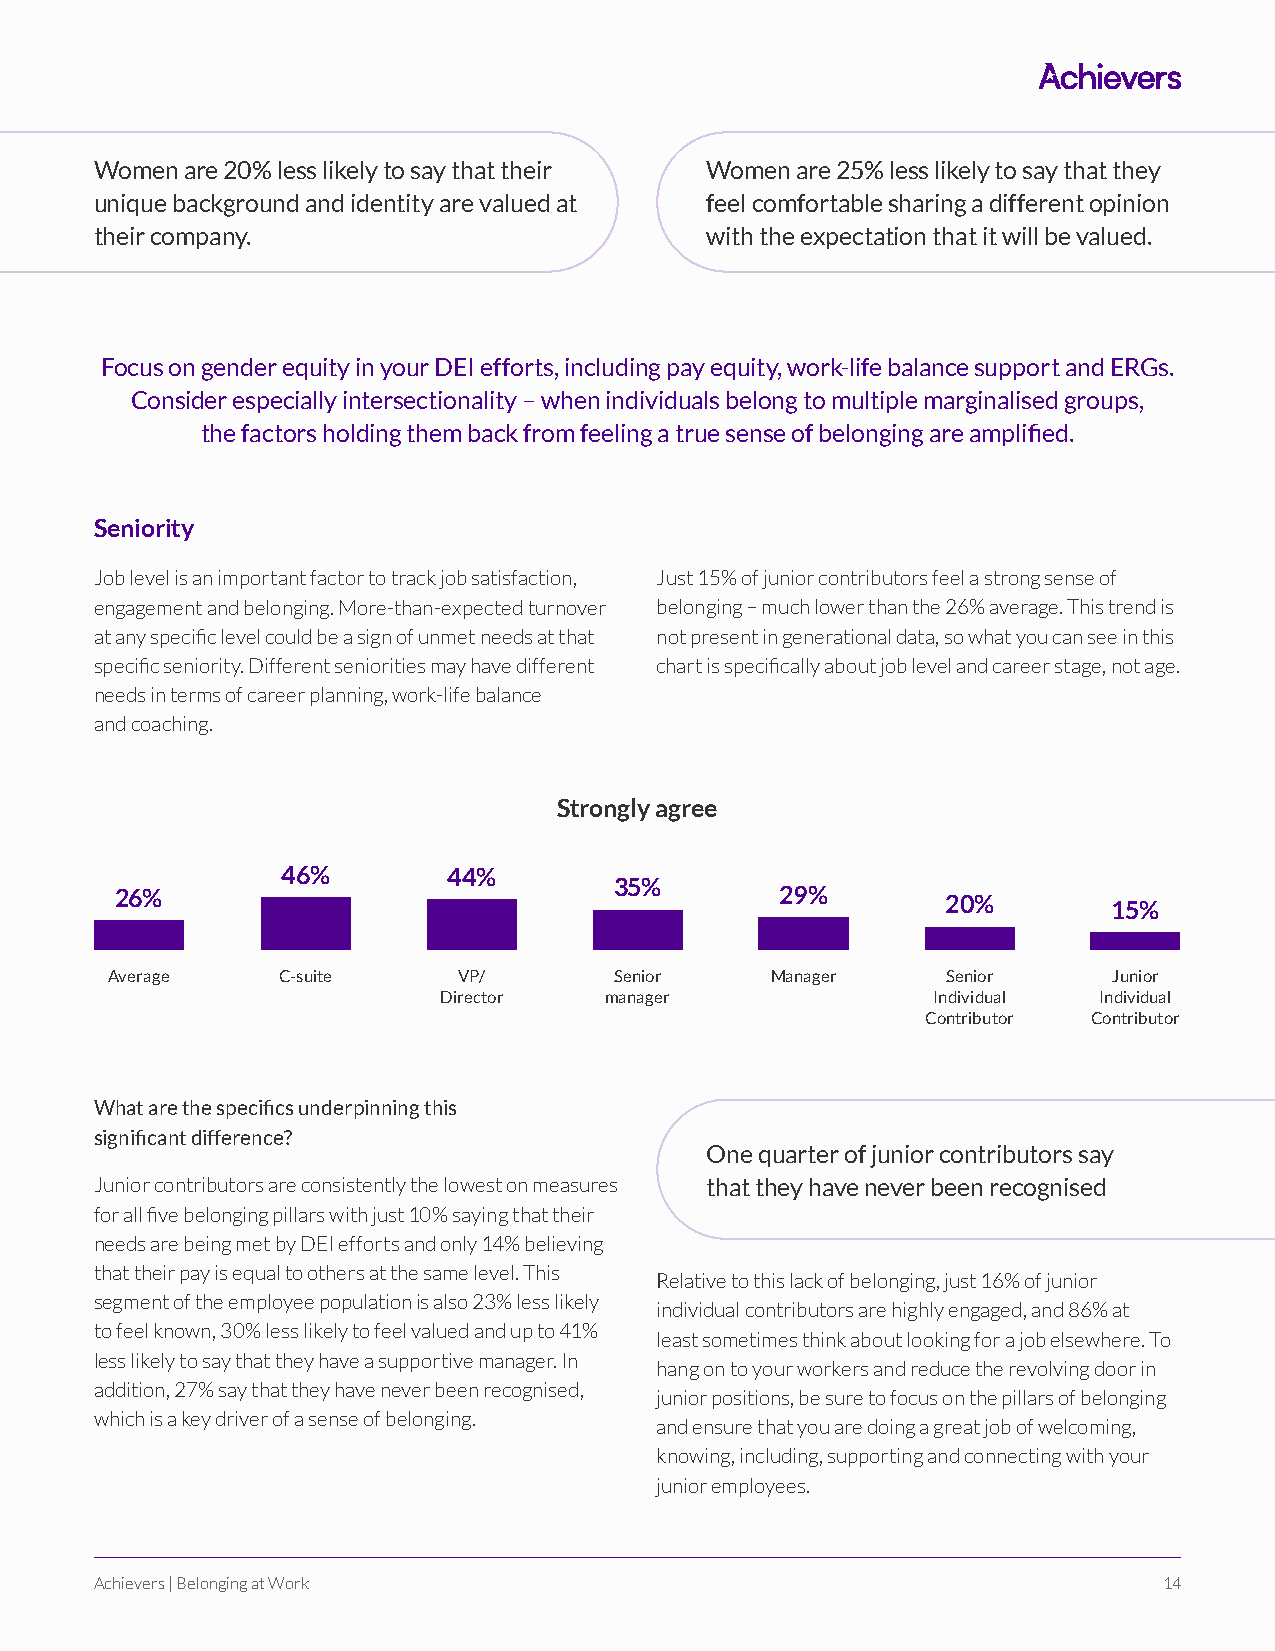
Women are 20% less likely to say that their Women are 25% less likely to say that they
 unique background and identity are valued at feel comfortable sharing a different opinion
 their company.                           with the expectation that it will be valued.
 Focus on gender equity in your DEI efforts, including pay equity, work-life balance support and ERGs.
 Consider especially intersectionality – when individuals belong to multiple marginalised groups,
 the factors holding them back from feeling a true sense of belonging are amplified.
 Seniority
 Job level is an important factor to track job satisfaction, Just 15% of junior contributors feel a strong sense of
 engagement and belonging. More-than-expected turnover belonging – much lower than the 26% average. This trend is
 at any specific level could be a sign of unmet needs at that not present in generational data, so what you can see in this
 specific seniority. Different seniorities may have different chart is specifically about job level and career stage, not age.
 needs in terms of career planning, work-life balance
 and coaching.
 Strongly agree
 46%        44%
 35%
 26%                                         29%        20%        15%
 Average    C-suite     VP/        Senior    Manager     Senior     Junior
 Director   manager               Individual Individual
 Contributor Contributor
 What are the specifics underpinning this
 significant difference?
 One quarter of junior contributors say
 Junior contributors are consistently the lowest on measures that they have never been recognised
 for all five belonging pillars with just 10% saying that their
 needs are being met by DEI efforts and only 14% believing
 that their pay is equal to others at the same level. This
 Relative to this lack of belonging, just 16% of junior
 segment of the employee population is also 23% less likely
 individual contributors are highly engaged, and 86% at
 to feel known, 30% less likely to feel valued and up to 41%
 least sometimes think about looking for a job elsewhere. To
 less likely to say that they have a supportive manager. In
 hang on to your workers and reduce the revolving door in
 addition, 27% say that they have never been recognised,
 junior positions, be sure to focus on the pillars of belonging
 which is a key driver of a sense of belonging.
 and ensure that you are doing a great job of welcoming,
 knowing, including, supporting and connecting with your
 junior employees.
 Achievers | Belonging at Work                                          14